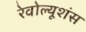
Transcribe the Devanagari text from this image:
रेवोल्यूशंस